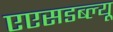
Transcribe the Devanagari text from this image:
एएसडब्ल्यू